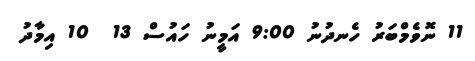
11 ނޮވެމްބަރު ހެނދުނު 9:00 އަމީނު ހައުސް 13  10 އިމާދު